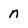
Character: n